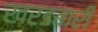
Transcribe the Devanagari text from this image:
खरडबारी